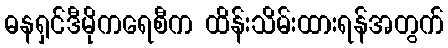
ဓနရှင်ဒီမိုကရေစီက ထိန်းသိမ်းထားရန်အတွက်